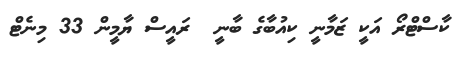
ކާސްޓްރޯ އަކީ ޒަމާނީ ކިއުބާގެ ބާނީ  ރައީސް ޔާމީން 33 މިނެޓް